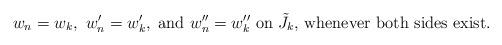
LaTeX: \begin{align*}w_n = w_k,\ w_n' = w_k',\ \textrm{and}\ w_n'' = w_k''\ \textrm{on $\tilde{J}_k$, whenever both sides exist}.\end{align*}